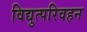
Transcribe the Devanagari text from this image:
विद्युत्परिवहन